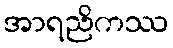
အာရညိကဿ